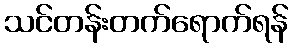
သင်တန်းတက်ရောက်ရန်